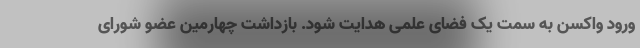
ورود واکسن به سمت یک فضای علمی هدایت شود. بازداشت چهارمین عضو شورای